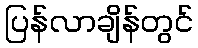
ပြန်လာချိန်တွင်